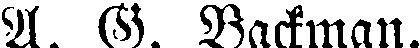
A. G. Backman.